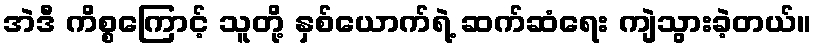
အဲဒီ ကိစ္စကြောင့် သူတို့ နှစ်ယောက်ရဲ့ ဆက်ဆံရေး ကျဲသွားခဲ့တယ်။